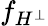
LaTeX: f_{H^{\bot}}